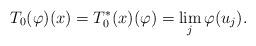
LaTeX: \begin{align*}T_0(\varphi)(x) = T_0^*(x)(\varphi) = \lim_j \varphi(u_j).\end{align*}